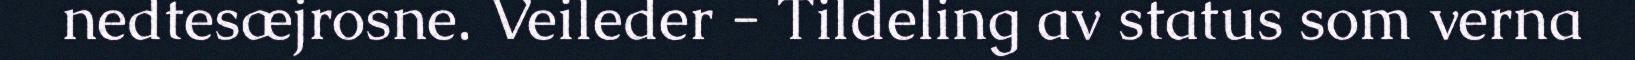
nedtesæjrosne. Veileder - Tildeling av status som verna